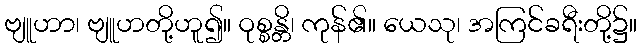
ဗျူဟာ၊ ဗျူဟတို့ဟူ၍။ ဝုစ္စန္တိ၊ ကုန်၏။ ယေသု၊ အကြင်ခရီးတို့၌။